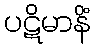
ပဋိမာနိံ